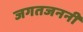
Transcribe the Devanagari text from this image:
जगतजननी